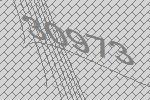
30973